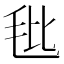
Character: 𰚎